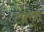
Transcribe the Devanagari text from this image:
टफ़्ट्स